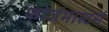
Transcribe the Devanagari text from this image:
फोर्जमास्टर्स